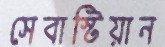
সেবাস্টিয়ান